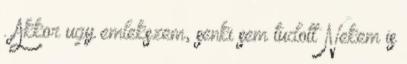
. Akkor ugy emlekszem, senki sem tudott Nekem is